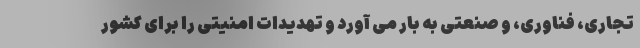
تجاری، فناوری، و صنعتی به بار می آورد و تهدیدات امنیتی را برای کشور